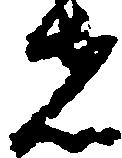
者